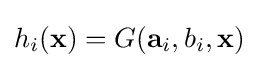
h_{i}(\mathbf {x} )=G(\mathbf {a} _{i},b_{i},\mathbf {x} )